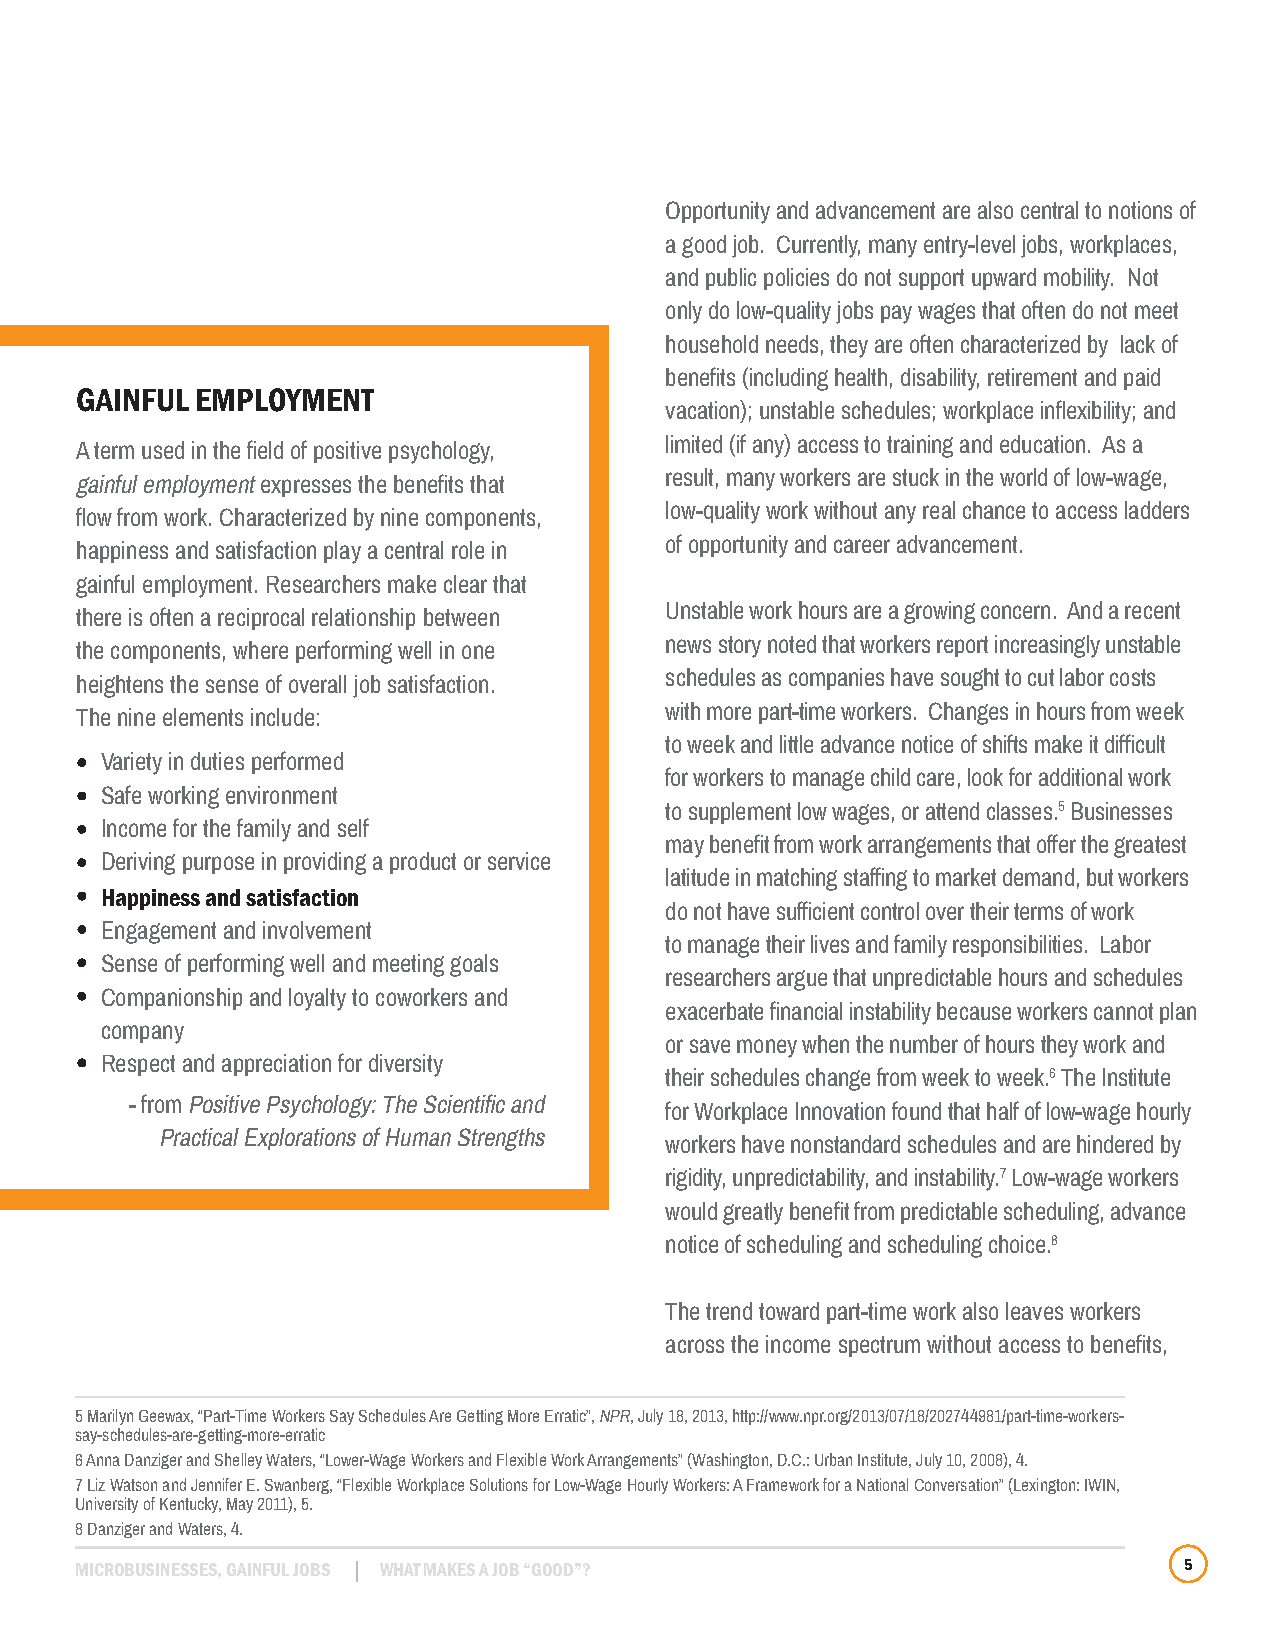
Opportunity and advancement are also central to notions of
 a good job. Currently, many entry-level jobs, workplaces,
 and public policies do not support upward mobility. Not
 only do low-quality jobs pay wages that often do not meet
 household needs, they are often characterized by lack of
 benefits (including health, disability, retirement and paid
 GAINFUL EMPLOYMENT
 vacation); unstable schedules; workplace inflexibility; and
 limited (if any) access to training and education. As a
 A term used in the field of positive psychology,
 result, many workers are stuck in the world of low-wage,
 gainful employment expresses the benefits that
 low-quality work without any real chance to access ladders
 flow from work. Characterized by nine components,
 of opportunity and career advancement.
 happiness and satisfaction play a central role in
 gainful employment. Researchers make clear that
 Unstable work hours are a growing concern. And a recent
 there is often a reciprocal relationship between
 news story noted that workers report increasingly unstable
 the components, where performing well in one
 schedules as companies have sought to cut labor costs
 heightens the sense of overall job satisfaction.
 with more part-time workers. Changes in hours from week
 The nine elements include:
 to week and little advance notice of shifts make it difficult
 Variety in duties performed
 for workers to manage child care, look for additional work
 Safe working environment
 to supplement low wages, or attend classes.5 Businesses
 Income for the family and self
 may benefit from work arrangements that offer the greatest
 Deriving purpose in providing a product or service
 latitude in matching staffing to market demand, but workers
 Happiness and satisfaction
 do not have sufficient control over their terms of work
 Engagement and involvement
 to manage their lives and family responsibilities. Labor
 Sense of performing well and meeting goals
 researchers argue that unpredictable hours and schedules
 Companionship and loyalty to coworkers and
 exacerbate financial instability because workers cannot plan
 company
 or save money when the number of hours they work and
 Respect and appreciation for diversity
 their schedules change from week to week.6 The Institute
 - from Positive Psychology: The Scientific and
 for Workplace Innovation found that half of low-wage hourly
 Practical Explorations of Human Strengths
 workers have nonstandard schedules and are hindered by
 rigidity, unpredictability, and instability.7 Low-wage workers
 would greatly benefit from predictable scheduling, advance
 notice of scheduling and scheduling choice.8
 The trend toward part-time work also leaves workers
 across the income spectrum without access to benefits,
 5 Marilyn Geewax, “Part-Time Workers Say Schedules Are Getting More Erratic”, NPR, July 18, 2013, http://www.npr.org/2013/07/18/202744981/part-time-workers-
 say-schedules-are-getting-more-erratic
 6 Anna Danziger and Shelley Waters, “Lower-Wage Workers and Flexible Work Arrangements” (Washington, D.C.: Urban Institute, July 10, 2008), 4.
 7 Liz Watson and Jennifer E. Swanberg, “Flexible Workplace Solutions for Low-Wage Hourly Workers: A Framework for a National Conversation” (Lexington: IWIN,
 University of Kentucky, May 2011), 5.
 8 Danziger and Waters, 4.
 MICROBUSINESSES, GAINFUL JOBS WHAT MAKES A JOB “GOOD”?                   5